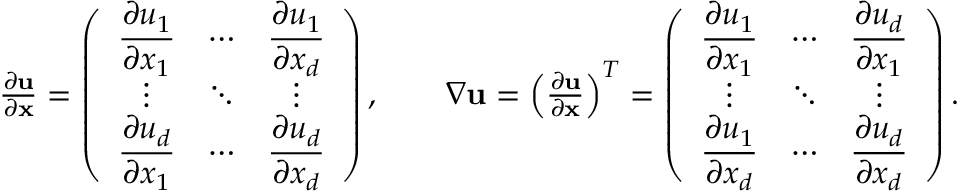
\begin{array} { r } { \frac { \partial \mathbf { u } } { \partial \mathbf { x } } = \left( \begin{array} { c c c } { \displaystyle \frac { \partial u _ { 1 } } { \partial x _ { 1 } } } & { \cdots } & { \displaystyle \frac { \partial u _ { 1 } } { \partial x _ { d } } } \\ { \vdots } & { \ddots } & { \vdots } \\ { \displaystyle \frac { \partial u _ { d } } { \partial x _ { 1 } } } & { \cdots } & { \displaystyle \frac { \partial u _ { d } } { \partial x _ { d } } } \end{array} \right) , \qquad \nabla \mathbf { u } = \left( \frac { \partial \mathbf { u } } { \partial \mathbf { x } } \right) ^ { T } = \left( \begin{array} { c c c } { \displaystyle \frac { \partial u _ { 1 } } { \partial x _ { 1 } } } & { \cdots } & { \displaystyle \frac { \partial u _ { d } } { \partial x _ { 1 } } } \\ { \vdots } & { \ddots } & { \vdots } \\ { \displaystyle \frac { \partial u _ { 1 } } { \partial x _ { d } } } & { \cdots } & { \displaystyle \frac { \partial u _ { d } } { \partial x _ { d } } } \end{array} \right) . } \end{array}